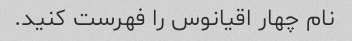
نام چهار اقیانوس را فهرست کنید.